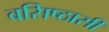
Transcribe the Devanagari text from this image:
वसिष्ठासी